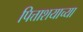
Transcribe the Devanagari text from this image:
पित्ताशयाच्या